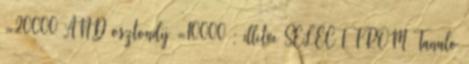
=20000 AND osztondij =10000 ; illetve SELECT FROM Tanulo